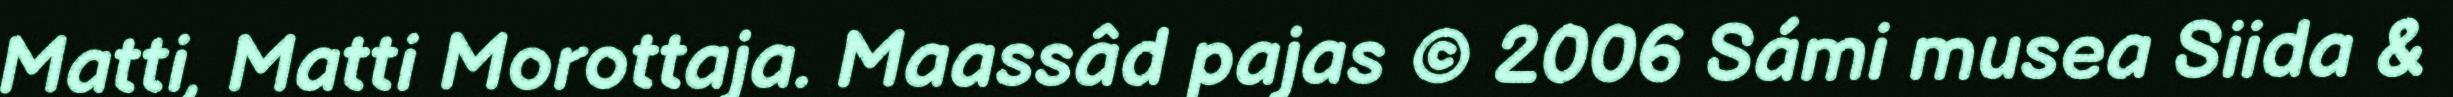
Matti, Matti Morottaja. Maassâd pajas © 2006 Sámi musea Siida &